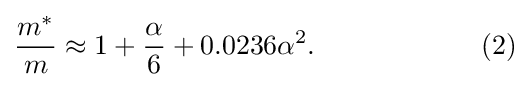
{\frac {m^{*}}{m}}\approx 1+{\frac {\alpha }{6}}+0.0236\alpha ^{2}.\qquad \qquad \qquad (2)